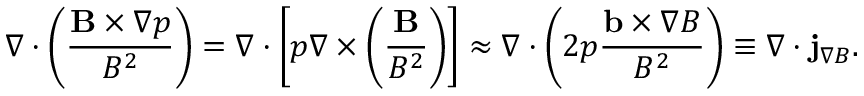
\nabla \cdot \left( \frac { \mathbf { B } \times \nabla p } { B ^ { 2 } } \right) = \nabla \cdot \left[ p \nabla \times \left( \frac { \mathbf { B } } { B ^ { 2 } } \right) \right] \approx \nabla \cdot \left( 2 p \frac { \mathbf { b } \times \nabla B } { B ^ { 2 } } \right) \equiv \nabla \cdot \mathbf { j } _ { \nabla B } .